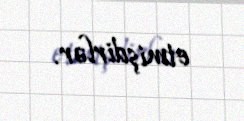
etmişdirlər.